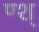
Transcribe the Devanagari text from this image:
ण्श्